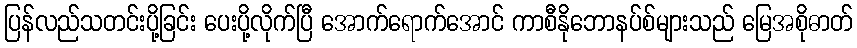
ပြန်လည်သတင်းပို့ခြင်း ပေးပို့လိုက်ပြီ အောက်ရောက်အောင် ကာစီနိုဘောနပ်စ်များသည် မြေအစိုဓာတ်